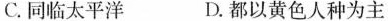
C.同临太平洋 D.都以换色人中为主